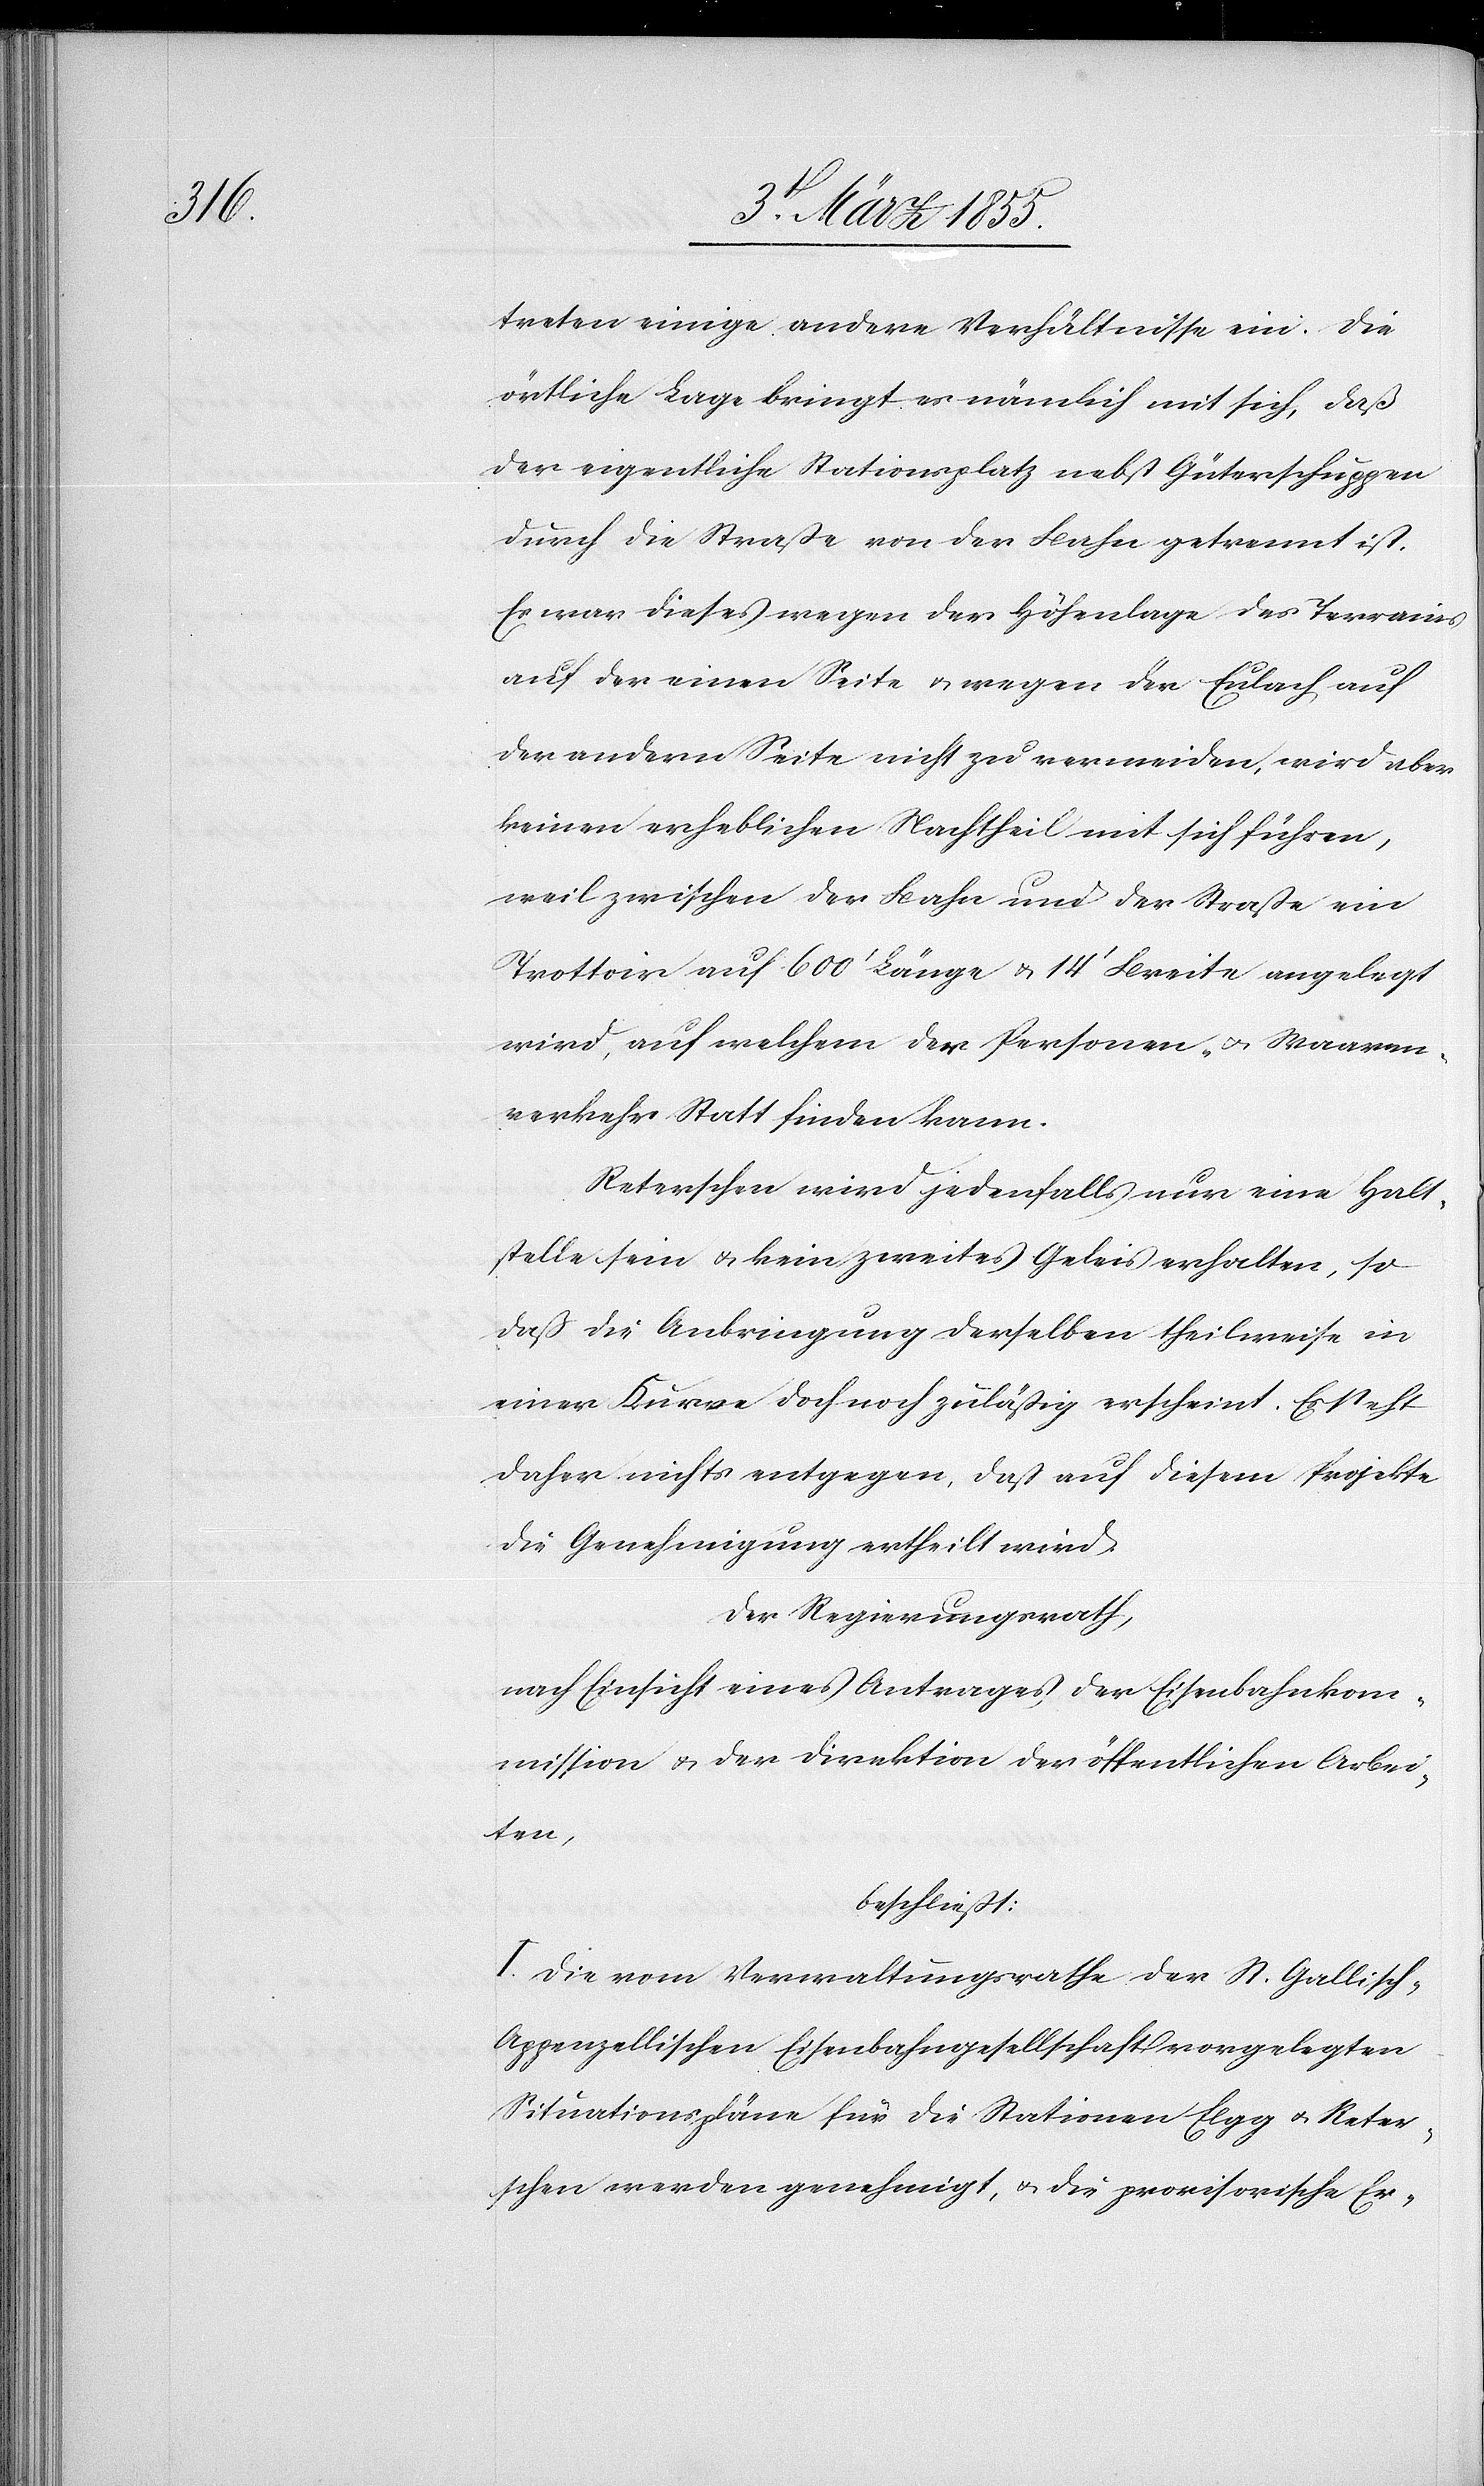
treten einige andere Verhältnisse ein. Die
örtliche Lage bringt es nämlich mit sich, daß
der eigentliche Stationsplatz nebst Güterschuppen
durch die Straße von der Bahn getrennt ist.
Es war dieses wegen der Höhenlage des Terrains
auf der einen Seite & wegen der Eulach auf
der andern Seite nicht zu vermeiden, wird aber
keinen erheblichen Nachtheil mit sich führen,
weil zwischen der Bahn und der Straße ein
Trottoir auf 600‘ Länge & 14‘ Breite angelegt
wird, auf welchem der Personen- & Waaren¬
verkehr Statt finden kann.
Reterschen wird jedenfalls nur eine Halt¬
stelle sein & kein zweites Geleis erhalten, so
daß die Anbringung derselben theilweise in
einer Kurve doch noch zuläßig erscheint. Es steht
daher nichts entgegen, daß auf diesem Projekte
die Genehmigung ertheilt wird.
Der Regierungsrath,
nach Einsicht eines Antrages der Eisenbahnkom¬
mission & der Direktion der öffentlichen Arbei¬
ten,
beschließt:
I. Die vom Verwaltungsrathe der St. Gallisch-A¬
ppenzellischen Eisenbahngesellschaft vorgelegten
Situationspläne für die Stationen Elgg & Reter¬
schen werden genehmigt, & die provisorische Er-